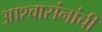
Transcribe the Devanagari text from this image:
आश्वासंनांची